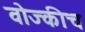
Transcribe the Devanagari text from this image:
वोज्कीच